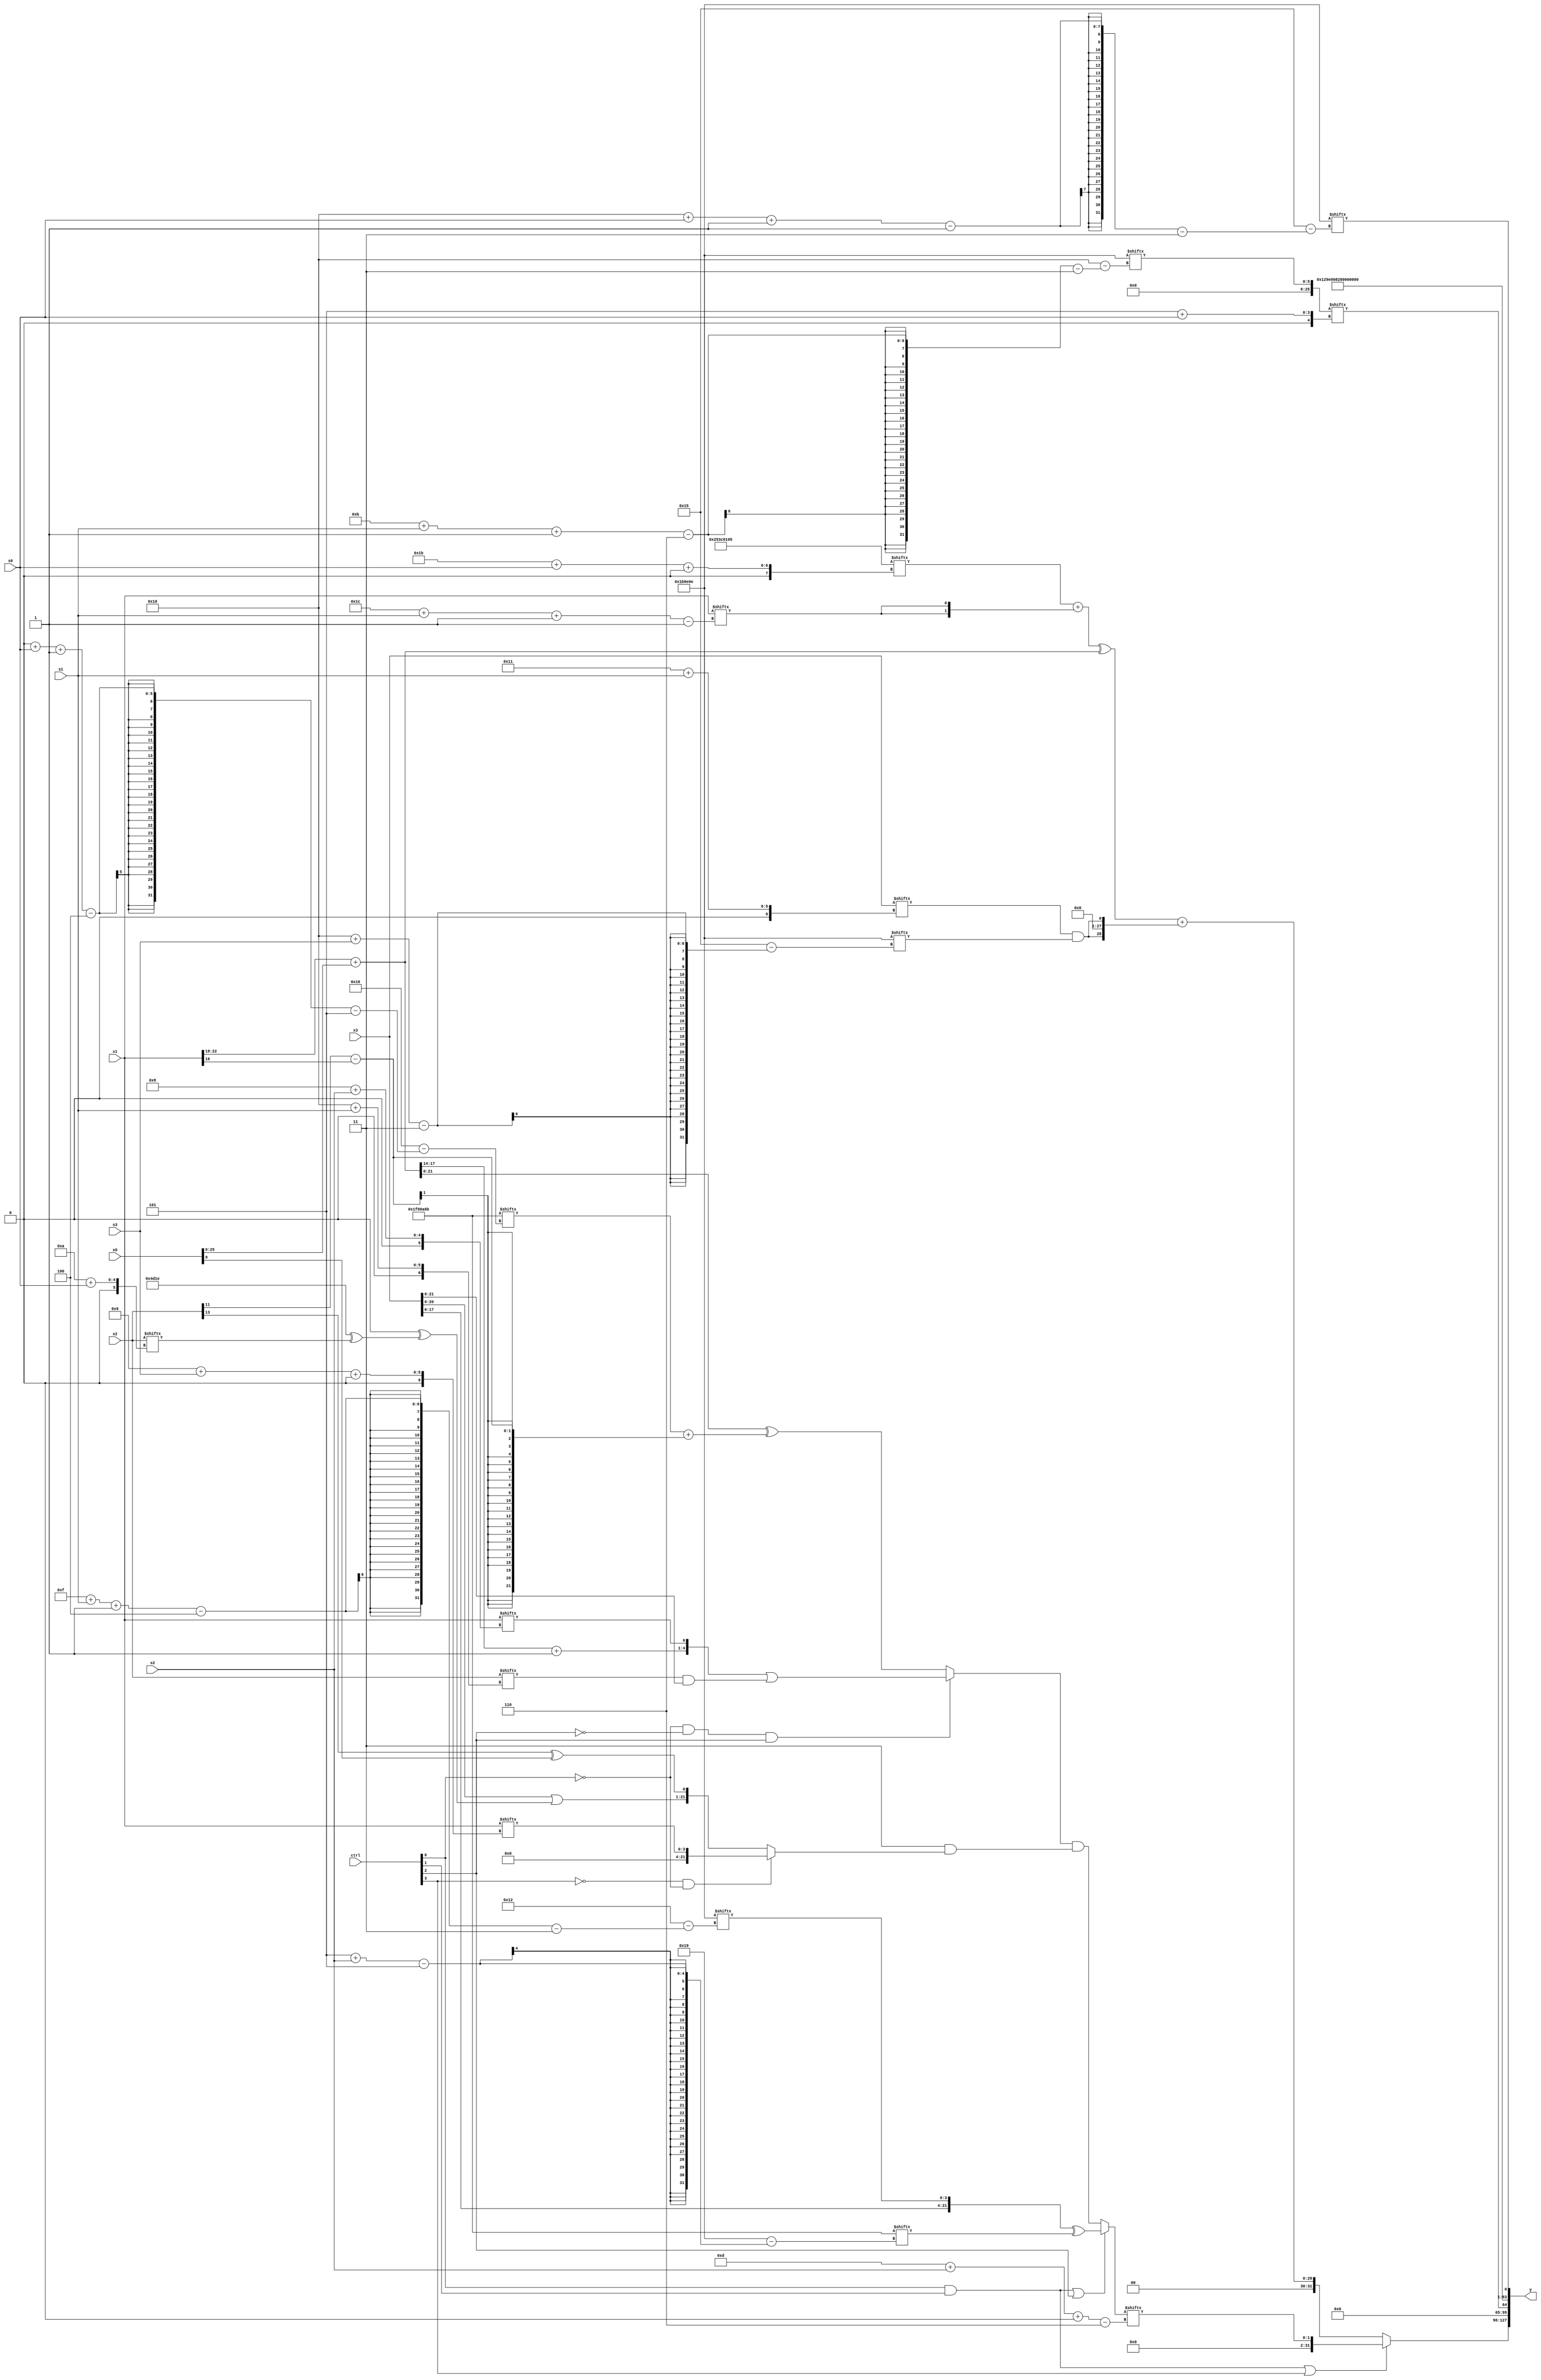
module partsel_00177(ctrl, s0, s1, s2, s3, x0, x1, x2, x3, y);
  input [3:0] ctrl;
  input [2:0] s0;
  input [2:0] s1;
  input [2:0] s2;
  input [2:0] s3;
  input signed [31:0] x0;
  input signed [31:0] x1;
  input signed [31:0] x2;
  input [31:0] x3;
  wire signed [0:25] x4;
  wire [27:6] x5;
  wire [24:6] x6;
  wire [4:31] x7;
  wire [25:0] x8;
  wire [1:26] x9;
  wire [6:28] x10;
  wire [25:1] x11;
  wire [24:5] x12;
  wire [30:1] x13;
  wire signed [2:25] x14;
  wire [5:26] x15;
  output [127:0] y;
  wire [31:0] y0;
  wire signed [31:0] y1;
  wire signed [31:0] y2;
  wire [31:0] y3;
  assign y = {y0,y1,y2,y3};
  localparam [5:30] p0 = 435161611;
  localparam [30:0] p1 = 624689413;
  localparam [7:24] p2 = 201346334;
  localparam [3:24] p3 = 991665678;
  assign x4 = (x1[19 +: 4] + {2{{2{{2{x0}}}}}});
  assign x5 = (ctrl[0] && ctrl[1] || ctrl[2] ? ({{2{x3}}, p3[15 + s1 -: 4]} ^ p0[5 + s2]) : ((!ctrl[0] && !ctrl[2] && ctrl[2] ? ({(x4[8 +: 4] + p3[21 -: 4]), x1[8 + s2]} | (x2[16 + s1] & x3)) : (x4 ^ (p0[0 + s0 -: 4] + (x2[11] - x1[16])))) & (p2[14 -: 3] & (!ctrl[3] && !ctrl[3] && !ctrl[0] ? x1[9 + s3 +: 4] : {(x3 | (p1[13 +: 1] ^ (p2 ^ x2[10 + s0]))), (x2[13] ^ x0[9])}))));
  assign x6 = {2{x1[0 + s1 +: 3]}};
  assign x7 = x3[17 + s1];
  assign x8 = p3[11 + s1 -: 6];
  assign x9 = p3[13];
  assign x10 = x5[14];
  assign x11 = (!ctrl[0] && ctrl[0] || !ctrl[1] ? ({(!ctrl[3] || ctrl[3] && ctrl[1] ? p3[19 +: 3] : (ctrl[2] || !ctrl[3] && ctrl[2] ? p3 : (p1[22 -: 3] + p1[12 +: 4]))), x10[13 +: 1]} + x10[10 +: 4]) : p3[9 + s0]);
  assign x12 = p1;
  assign x13 = {2{(p1[13 -: 4] | ({(!ctrl[0] || !ctrl[2] && ctrl[0] ? ((x6[8 + s2 +: 1] | (p0[8 + s0] ^ ((p0 & p1[27 + s3 +: 5]) ^ x6[16 -: 4]))) - p2) : p3), (p3[3 + s3 +: 8] & x12[27 + s1 -: 4])} + p3))}};
  assign x14 = p0[15 +: 3];
  assign x15 = x14;
  assign y0 = (ctrl[1] && ctrl[0] || ctrl[3] ? x5[13 + s2 +: 2] : (((p1[27 + s0 +: 4] + {2{x1[28 + s1 -: 1]}}) ^ x4) + {((((x13[19 +: 3] & (x5[15 + s2 -: 4] & x3[7 + s2 +: 5])) - x14[22 -: 2]) & p0) | x11[17]), {2{(x7 & p3[16 + s3])}}}));
  assign y1 = x8[5 + s0];
  assign y2 = p1;
  assign y3 = p3[16 + s0 -: 1];
endmodule